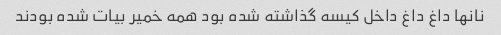
نانها داغ داغ داخل کیسه گذاشته شده بود همه خمیر ‌بیات شده بودند